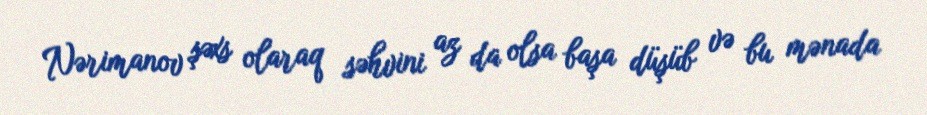
Nərimanov şəxs olaraq səhvini az da olsa başa düşüb və bu mənada